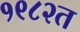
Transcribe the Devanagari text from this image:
१९८२त